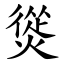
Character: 熧